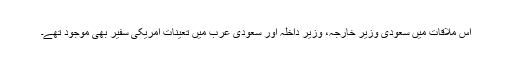
اس ملاقات میں سعودی وزیر خارجہ، وزیر داخلہ اور سعودی عرب میں تعینات امریکی سفیر بھی موجود تھے۔